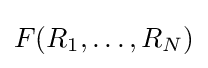
F(R_{1},\ldots ,R_{N})